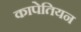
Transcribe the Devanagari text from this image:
कापेतियन